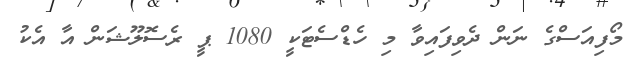
މޯފިއަސްގެ ނަން ދެވިފައިވާ މި ހެޑްސެޓަކީ 1080 ޕީ ރެސޮލޫޝަން އާ އެކު